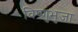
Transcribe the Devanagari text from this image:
विष्णुभुजा